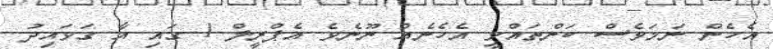
އެހެން ނަމަވެސް ކަންތައްްވީ އެހެނެއް ނޫނެވެ އެޕްރީލް 1 ގައި އާ ގަވައިދު